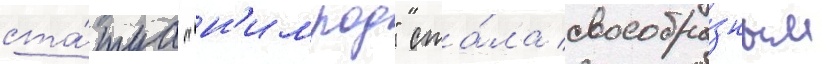
ста́туа "н'имрод" ста́ла своеобра́зным